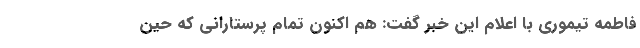
فاطمه تیموری با اعلام این خبر گفت: هم اکنون تمام پرستارانی که حین